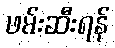
ဖမ်းဆီးရန်